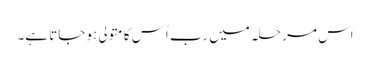
اس مرحلہ میں رب اُس کا متولی ہو جاتا ہے۔